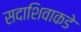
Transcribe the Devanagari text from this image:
सदाशिवाकडे